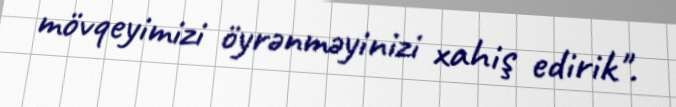
mövqeyimizi öyrənməyinizi xahiş edirik".